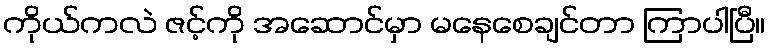
ကိုယ်ကလဲ ဇင့်ကို အဆောင်မှာ မနေစေချင်တာ ကြာပါပြီ။